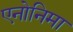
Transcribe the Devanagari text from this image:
एनोनिमा